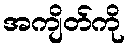
အကျိတ်ကို